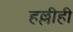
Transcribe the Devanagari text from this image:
हल्लीही